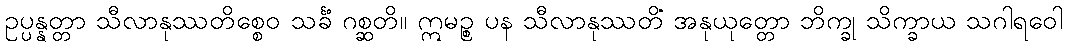
ဥပ္ပန္နတ္တာ သီလာနုဿတိစ္စေဝ သင်္ခံ ဂစ္ဆတိ။ ဣမဉ္စ ပန သီလာနုဿတိံ အနုယုတ္တော ဘိက္ခု သိက္ခာယ သဂါရဝေါ